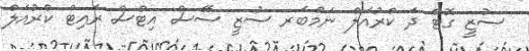
ސުޒީ ގޮޓް ދަ ކްރުއަލް ނަމްބަރ ސުޒީ ސޭސް އިޓްސް ރައިޓް ކްރުއަލް